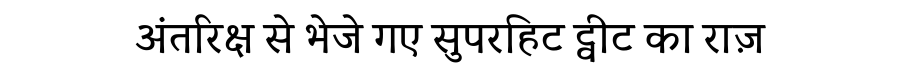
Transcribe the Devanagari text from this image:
अंतरिक्ष से भेजे गए सुपरहिट ट्वीट का राज़